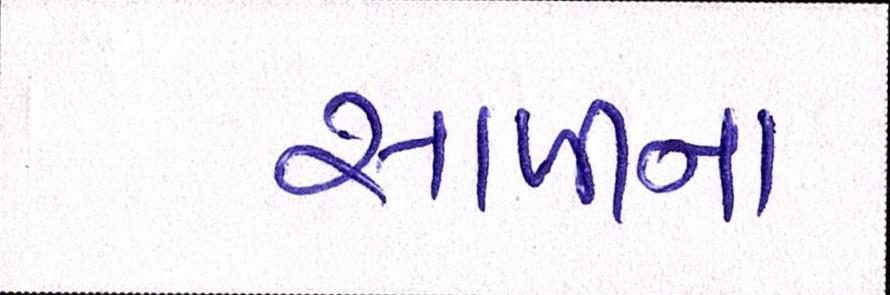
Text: સાળીના